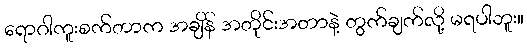
ရောဂါကူးစက်တာက အချိန် အတိုင်းအတာနဲ့ တွက်ချက်လို့ မရပါဘူး။